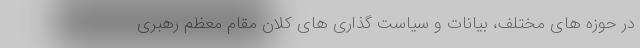
در حوزه های مختلف، بیانات و سیاست گذاری های کلان مقام معظم رهبری